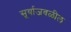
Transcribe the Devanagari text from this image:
सूर्याजवळील